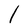
Character: l